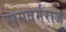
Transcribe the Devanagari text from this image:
रामवर्मराज